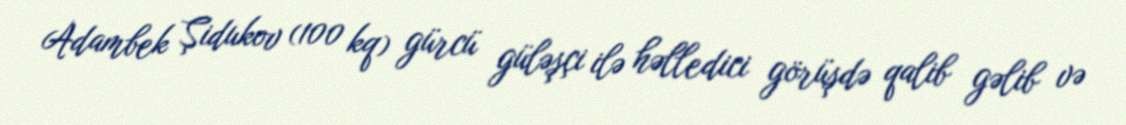
Adambek Şidukov (100 kq) gürcü güləşçi ilə həlledici görüşdə qalib gəlib və